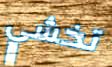
تخشي